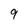
Character: 9